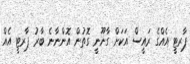
ޕާރޓީ އެއްގެ ރައީސް އަކަށް ގާނޫނީ ގޮތުން އޮންނާނެ ބާރު ޕާރޓީ އެއް